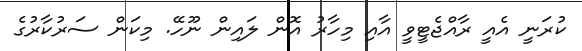
ކުރަނީ އެއީ ރާއްޖެޓީވީ އާއި މިހާރު އޮން ލައިން ނޫހޭ. މިކަން ސަރުކާރުގެ